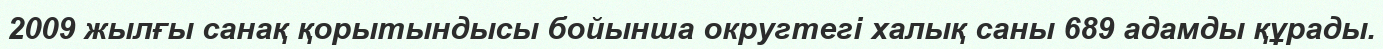
2009 жылғы санақ қорытындысы бойынша округтегі халық саны 689 адамды құрады.